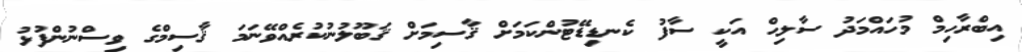
އިބްރާހިމް މުހައްމަދު ސާލިޙް އަކީ ސާފު ކެނޑިޑޭޓުންކަމަށް ޤާސިމަށް ޤަބޫލުނުކުރެއްވޭނަމަ ޤާސިމްގެ ވިސްނުންފުޅު